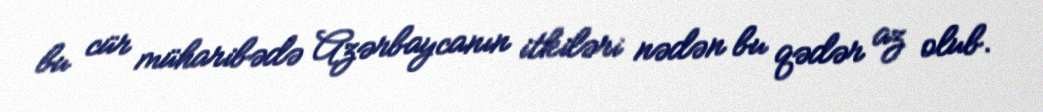
bu cür müharibədə Azərbaycanın itkiləri nədən bu qədər az olub.